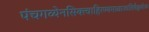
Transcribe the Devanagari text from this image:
पंचगव्येनसिक्त्वाहिरण्यमध्वाज्यतिलैश्चयोज्य